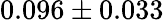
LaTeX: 0.096\pm 0.033